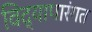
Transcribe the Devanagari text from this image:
विद्यापारंगत